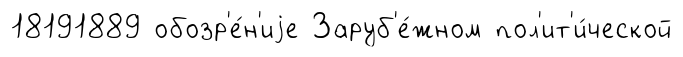
18191889 обозр'е́н'иjе Заруб'е́жном пол'ит'и́ческой